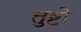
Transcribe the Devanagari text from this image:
तुष्टो